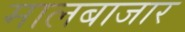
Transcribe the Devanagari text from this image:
मालबाजार